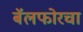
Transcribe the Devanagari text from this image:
बॅलफोरचा